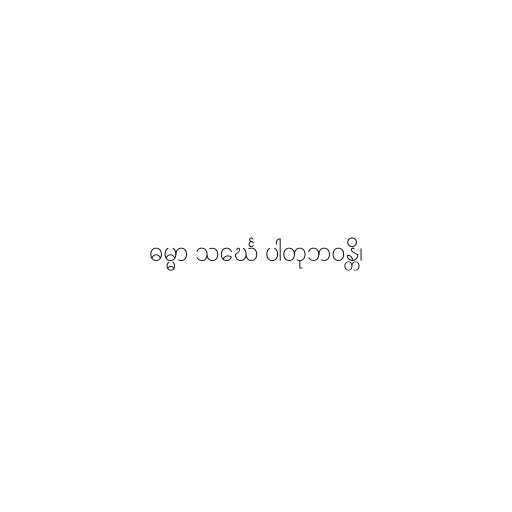
ဓမ္မာ သင်္ဃေ ပါတုဘဝန္တိ၊